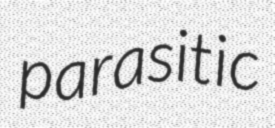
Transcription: parasitic